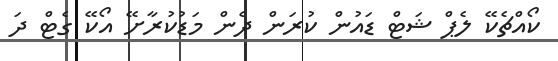
ކޯއްޗެކޭ ލެޕް ޝަޓް ޑައުން ކުރަން ދެން މަޑުކުރާށޭ އޯކޭ ގެޓް ދަ